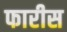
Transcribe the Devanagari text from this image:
फारीस